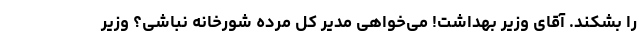
را بشکند. آقای وزیر بهداشت! می‌خواهی مدیر کل مرده شورخانه نباشی؟ وزیر